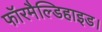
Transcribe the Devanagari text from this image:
फॉरमैल्डिहाइड।